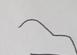
Signature authenticity: forged